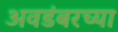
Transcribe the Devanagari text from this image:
अवडंबरच्या